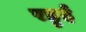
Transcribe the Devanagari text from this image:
रहुई